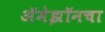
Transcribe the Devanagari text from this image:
अॅमेझॉनचा